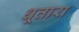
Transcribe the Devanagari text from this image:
धूतारा